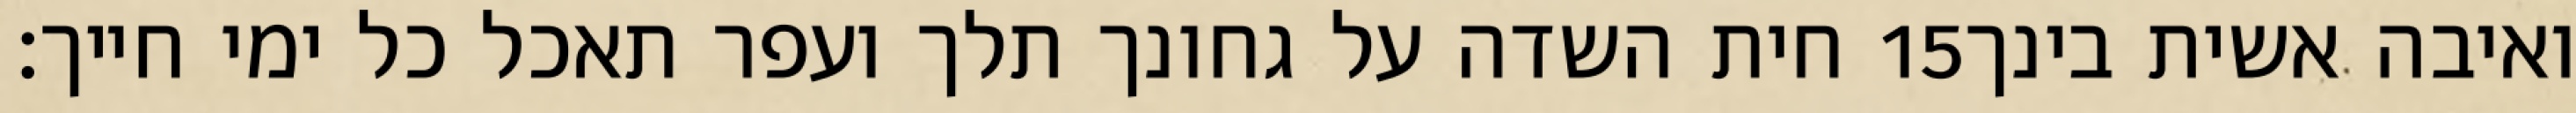
חית השדה על גחונך תלך ועפר תאכל כל ימי חייך׃ ‎15‏ ואיבה אשית בינך